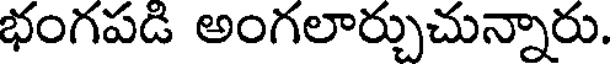
భంగపడి అంగలార్చుచున్నారు.